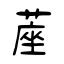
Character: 蓙